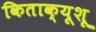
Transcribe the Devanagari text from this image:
किताक्यूशू